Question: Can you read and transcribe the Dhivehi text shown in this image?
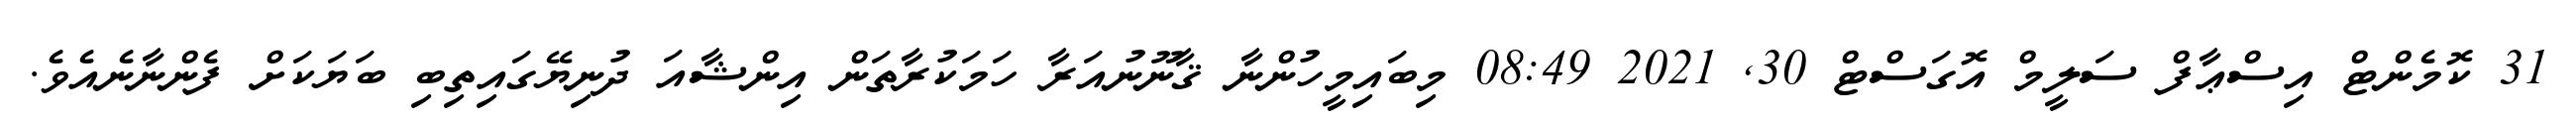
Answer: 31 ކޮމެންޓް އިސްޢާފް ސަލީމް އޮގަސްޓް 30, 2021 08:49 މިބައިމީހުންނާ ޤާނޫނުއަރާ ހަމަކުރާތަން އިންޝާއަ ދުނިޔޭގައިތިބި ބަޔަކަށް ފެންނާނެއެވެ.